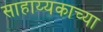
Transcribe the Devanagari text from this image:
साहाय्यकाच्या